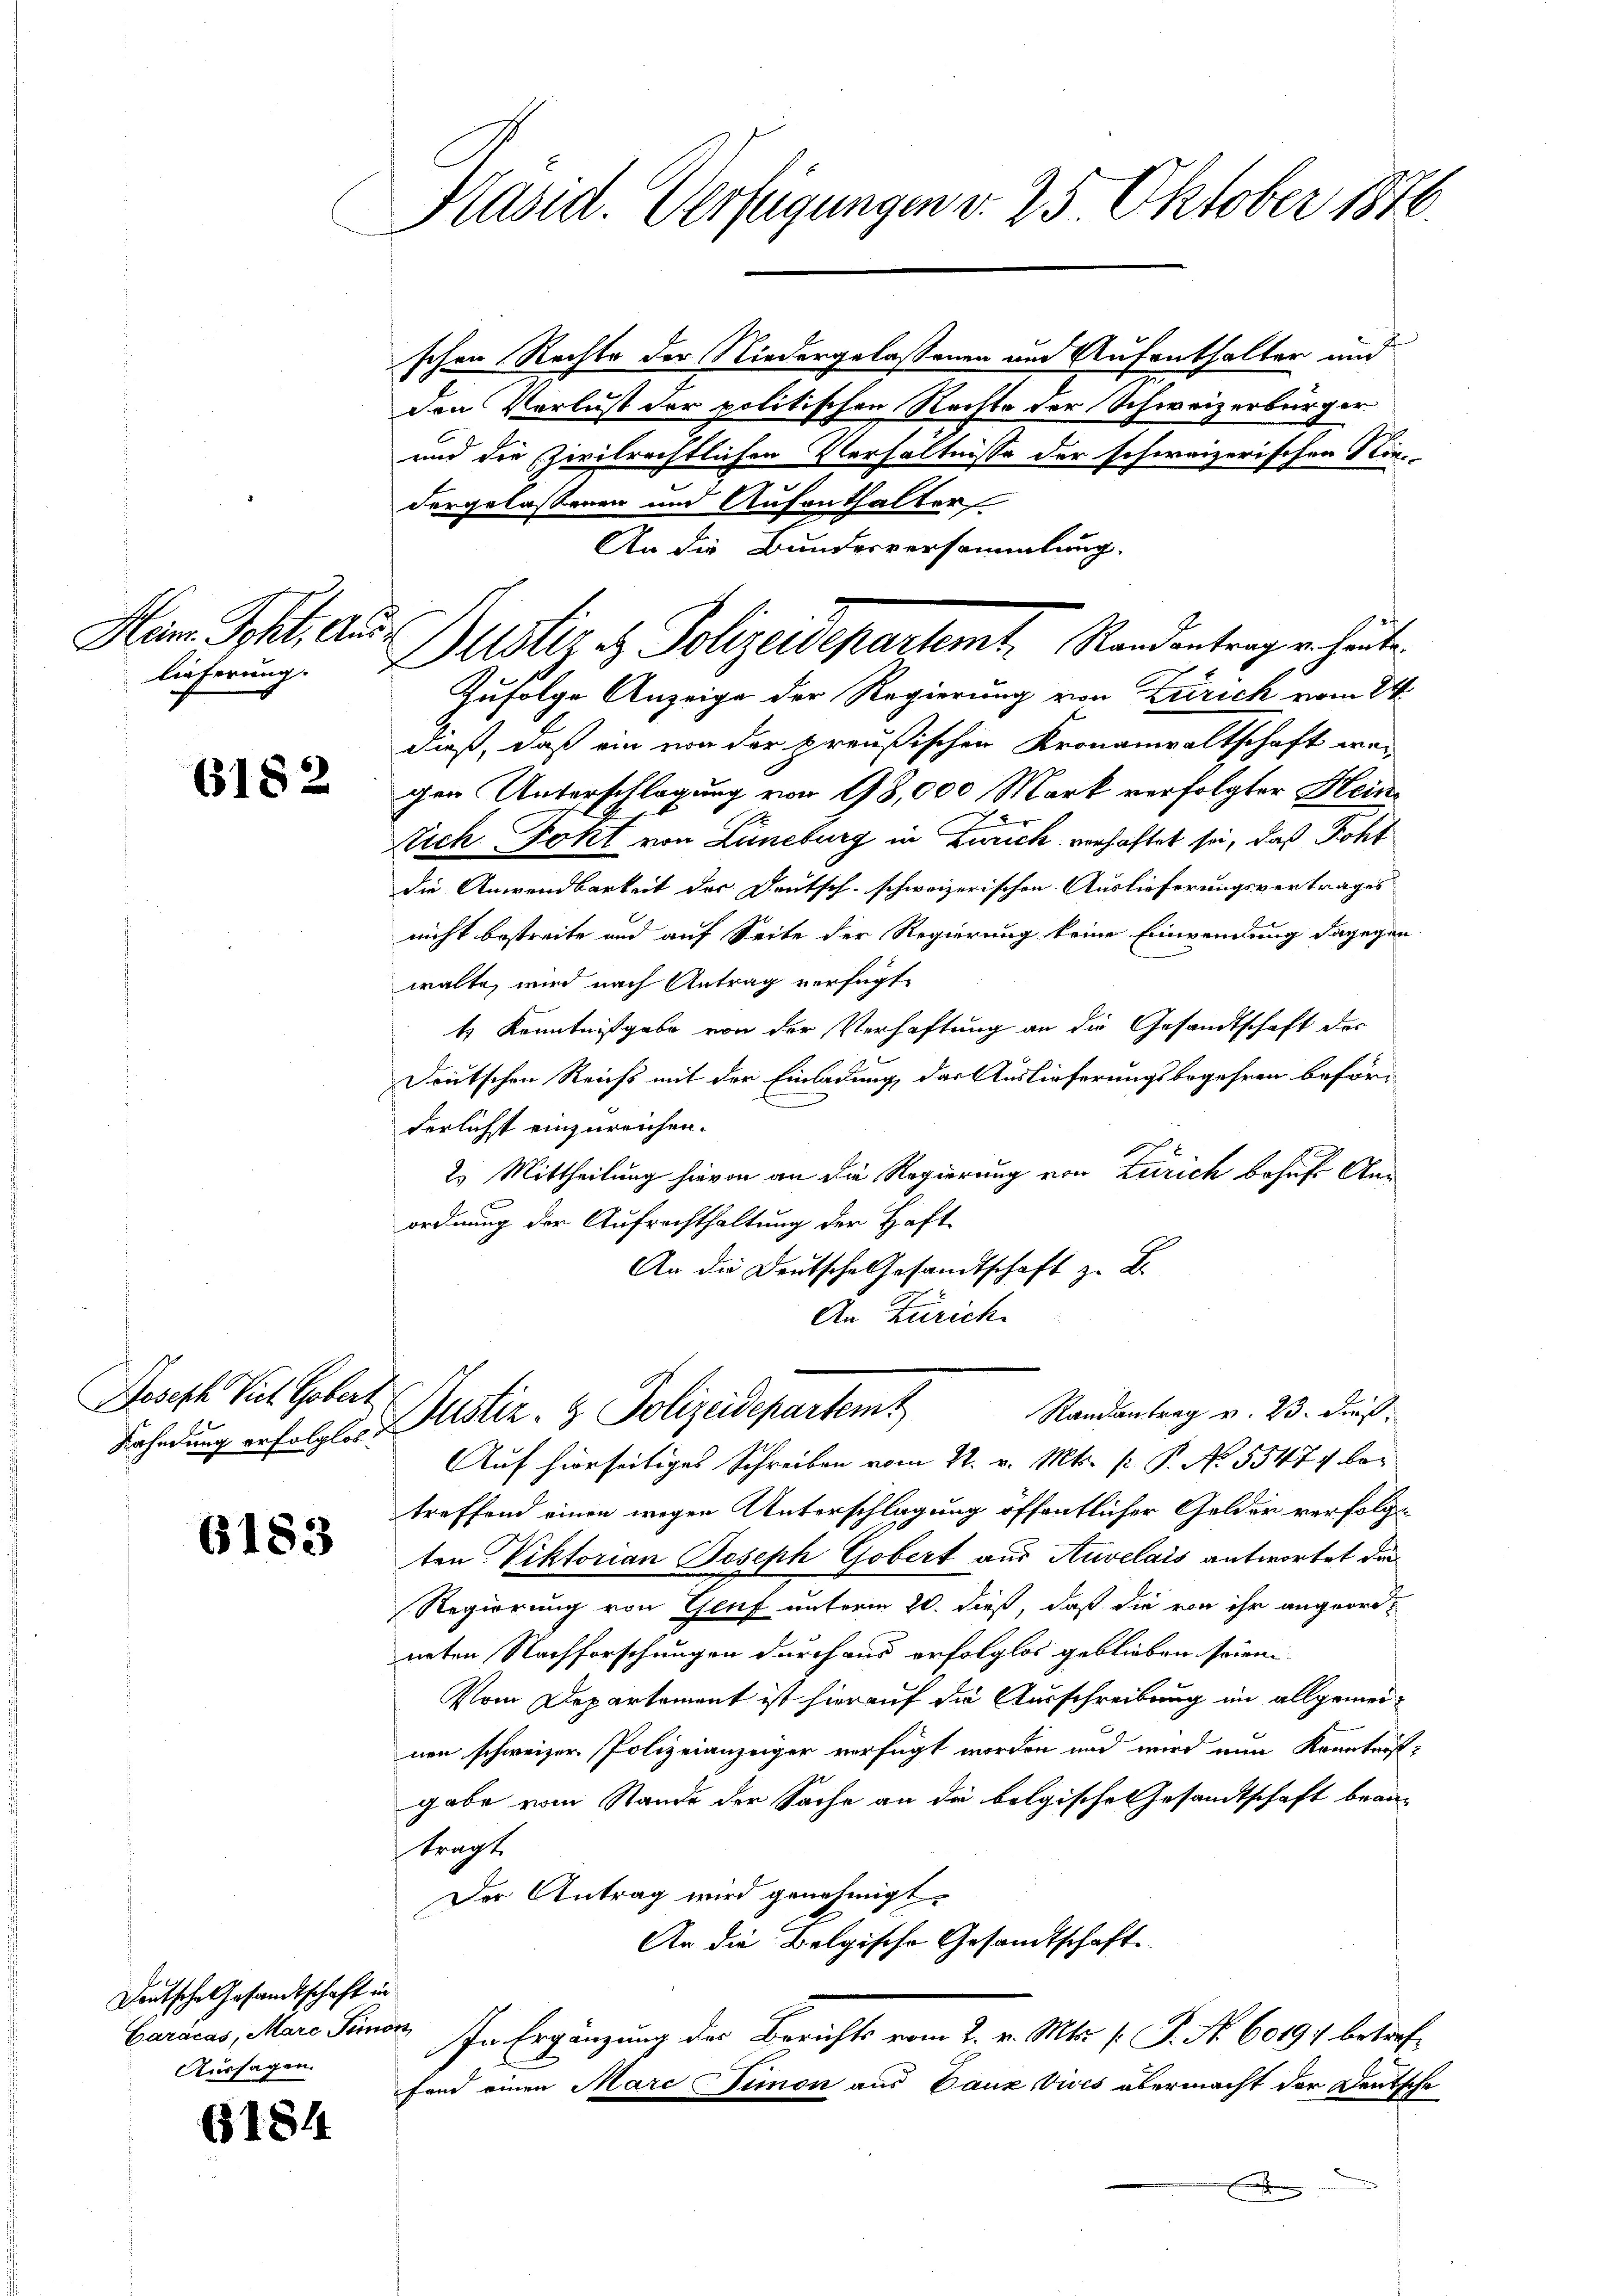
Hare Scht. Auslieferung.

6182

Joseph Viel Gobert

6183

Deutsche Gesandtschaft in
Aussagen.

6184

Präsid. Verfügungen v. 25 Oktober 1876.

schen Rechte der Niedergelassenen und Aufenthalter und
Den Verlust der politischen Rechte der Schweizerbürger¬
und die Zivilrechtlichen Verhältnisse der schweizerischen Kin-
dergelassenen und Aufenthalter
Zufolge Anzeige der Regierung von Zürich vom 24.
daß, daß ein von der preußischen Kronanwaltschaft wei-
gen Unterschlagung von 18,000 Mark verfolgter Hein¬
Stich Fokt von Lüneburg in Zürich verhaftet sei, daß Poht
die Anwendbarkeit der Deutsch-schweizerischen Auslieferungsvertrages
nicht bestreite und auf Seite der Regierung keine Einwendung dagegen
walte, wird nach Antrag verfügt
k Kenntnißgabe von der Verhaftung an die Gesandtschaft des
Deutschen Reichs mit der Einladung, das Auslieferungsbegehren beförderlichst einzureichen.
2.) Mittheilung hievon an die Regierung von Zürich behufs Anordnung der Aufrechthaltung der Haft¬
An die Deutsche Gesandtschaft z. B.
An Zürich
Randantrag v. 23. dieß
Fahndung erfolgte Sistiz- & Polizeidepartem
Auf hierseitiges Schreiben vom 22. v. Mts. f. P. No. 5547 betreffend einen wegen Unterschlagung öffentlicher Gelder verfolge
ten Viktorian Joseph Gobert aus Auvelais antwortet da
Regierung von Genf unterm 20. dieß, daß die von ihr angeordnnten Nachforschungen durchaus erfolglos geblieben seinen.
Vom Departement ist hierauf die Ausschreibung im allgemeinen schweizer Polizeianzeiger verfügt worden und wird nun konnterst
gabe vom Stande der Sache an die folgische Gesandtschaft beantragt.
Der Antrag wird genehmigt.
An die Belgische Gesandtschaft
Caricas, Marie Finan. In Ergänzung der Berichts vom 2. v. Mts. 1. P. Nr. 60191. betreffand einen Marcimon aus Ganz Vives übermacht der Deutsche
.

An die Bundesversammlung.
Dustiz & Polizeidepartemt. Randentragen heute.

.